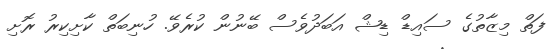
ފަތް މިޒާތުގެ ސައިޑް ޑިޝް އަބަދުވެސް ބޭނުން ކުރެވޭ. ހުނިބަތް ކާށިކިރު ރޮށި